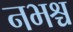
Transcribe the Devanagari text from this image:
नभश्च